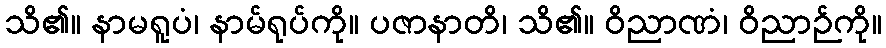
သိ၏။ နာမရူပံ၊ နာမ်ရုပ်ကို။ ပဇာနာတိ၊ သိ၏။ ဝိညာဏံ၊ ဝိညာဉ်ကို။